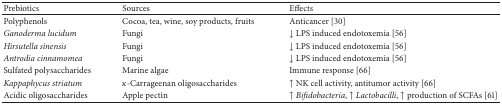
<table><thead><tr><td><b>Prebiotics</b></td><td><b>Sources</b></td><td><b>Effects</b></td></tr></thead><tbody><tr><td>Polyphenols</td><td>Cocoa, tea, wine, soy products, fruits</td><td>Anticancer [30]</td></tr><tr><td><i>Ganoderma lucidum </i></td><td>Fungi</td><td>↓ LPS induced endotoxemia [56]</td></tr><tr><td><i>Hirsutella sinensis</i></td><td>Fungi</td><td>↓ LPS induced endotoxemia [56]</td></tr><tr><td><i>Antrodia cinnamomea </i></td><td>Fungi</td><td>↓ LPS induced endotoxemia [56]</td></tr><tr><td>Sulfated polysaccharides</td><td>Marine algae</td><td>Immune response [66]</td></tr><tr><td><i>Kappaphycus striatum</i></td><td><i>κ</i>-Carrageenan oligosaccharides</td><td>↑ NK cell activity, antitumor activity [66]</td></tr><tr><td>Acidic oligosaccharides</td><td>Apple pectin</td><td>↑ <i>Bifidobacteria</i>, ↑ <i>Lactobacilli</i>, ↑ production of SCFAs [61]</td></tr></tbody></table>